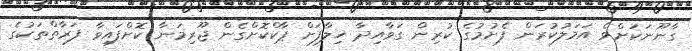
ގާނޫނަކަށްވެ އަމަލުކުރަން ފެށުމުގެ ކުރިން ގަވާއިދާ ޚިލާފަށް ޕާކްކޮށްގެން ޖޫރިމަނާ ކޮށްފައިވާ ފަރާތްތަކުގެ